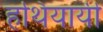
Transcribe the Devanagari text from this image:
हथियायी